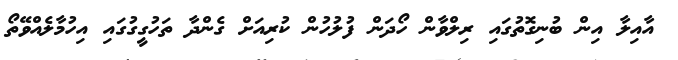
އާއިލާ އިން ބުނިގޮތުގައި ރިލްވާން ހޯދަން ފުލުހުން ކުރިއަށް ގެންދާ ތަހުގީގުގައި އިހުމާލެއްވޭތޯ